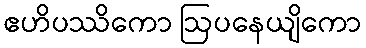
ဧဟိပဿိကော ဩပနေယျိကော